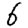
Digit: 6